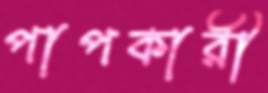
পাপকারী